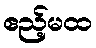
ဧည့်မထ